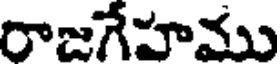
రాజగేహము